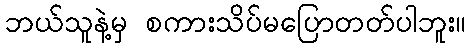
ဘယ်သူနဲ့မှ စကားသိပ်မပြောတတ်ပါဘူး။